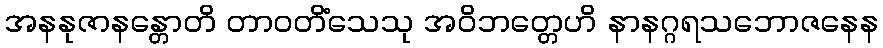
အနနုဇာနန္တောတိ တာဝတိံသေသု အဝိဘတ္တေဟိ နာနဂ္ဂရသဘောဇနေန